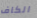
الكاف